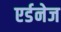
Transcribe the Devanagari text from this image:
एर्डनेज